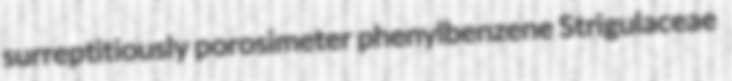
surreptitiously porosimeter phenylbenzene Strigulaceae